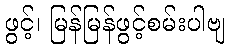
ဖွင့်၊ မြန်မြန်ဖွင့်စမ်းပါဗျ